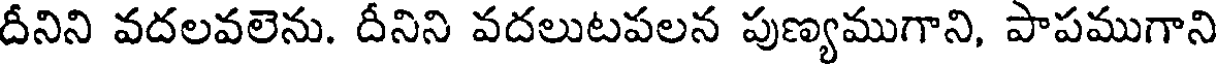
దీనిని వదలవలెను. దీనిని వదలుటపలన పుణ్యముగాని, పాపముగాని